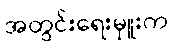
အတွင်းရေးမှူးက